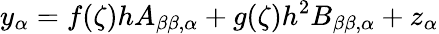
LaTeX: y_{\alpha}=f(\zeta)hA_{\beta\beta,\alpha}+g(\zeta)h^{2}B_{\beta\beta,\alpha}+z_{\alpha}